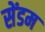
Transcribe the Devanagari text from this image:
सेंडम